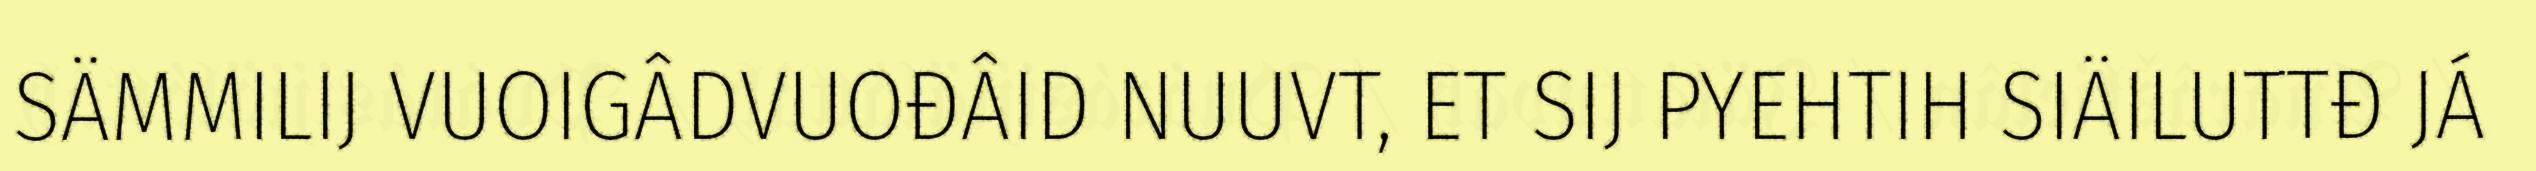
SÄMMILIJ VUOIGÂDVUOĐÂID NUUVT, ET SIJ PYEHTIH SIÄILUTTĐ JÁ